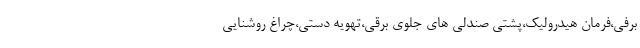
برفی،فرمان هیدرولیک،پشتی صندلی های جلوی برقی،تهویه دستی،چراغ روشنایی